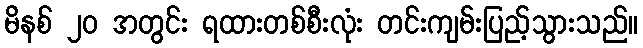
မိနစ် ၂၀ အတွင်း ရထားတစ်စီးလုံး တင်းကျမ်းပြည့်သွားသည်။